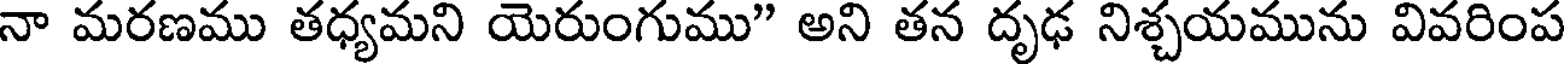
నా మరణము తధ్యమని యెరుంగుము" అని తన దృఢ నిశ్చయమును వివరింప